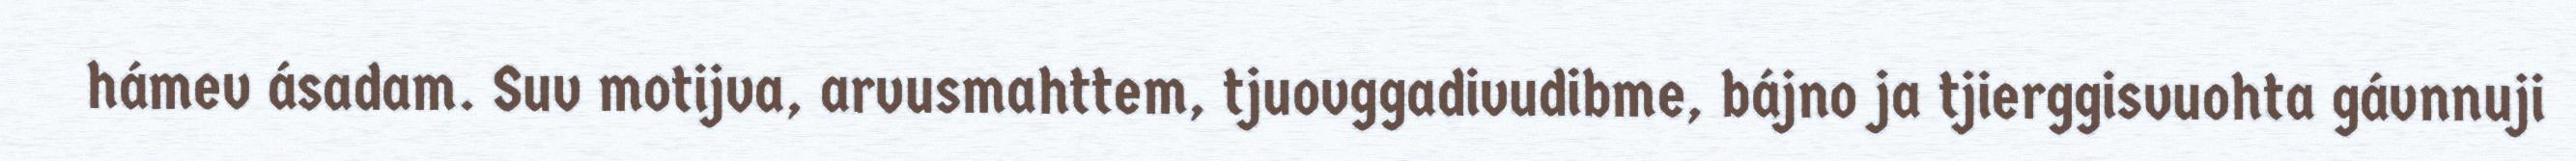
hámev ásadam. Suv motijva, arvusmahttem, tjuovggadivudibme, bájno ja tjierggisvuohta gávnnuji